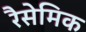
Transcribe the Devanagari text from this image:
रैसेमिक